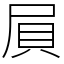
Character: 屓